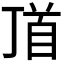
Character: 𩠑